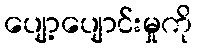
ပျော့ပျောင်းမှုကို